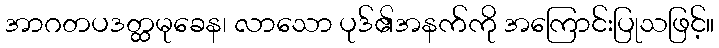
အာဂတပဒတ္ထမုခေန၊ လာသော ပုဒ်၏အနက်ကို အကြောင်းပြုသဖြင့်။